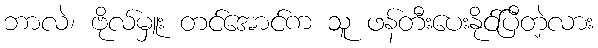
ဘာလဲ၊ ဗိုလ်မှူး တင်အောင်က သူ ဖန်တီးပေးနိုင်ပြီတဲ့လား